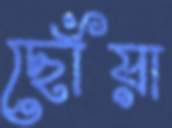
ছোঁয়া